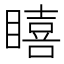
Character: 瞦